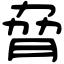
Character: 脅